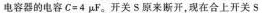
电容器的电容$$C = 4 μ F$$。开关S原来断开，现在合上开关S